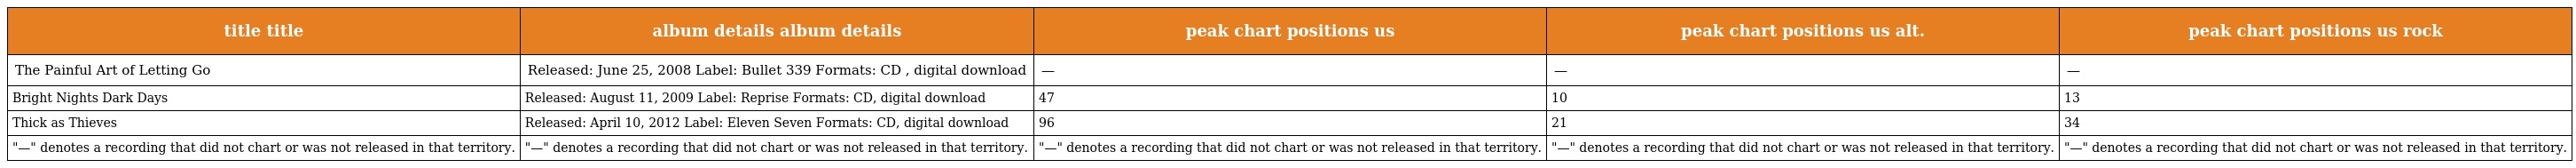
| title title | album details album details | peak chart positions us | peak chart positions us alt. | peak chart positions us rock |
 | --- | --- | --- | --- | --- |
 | The Painful Art of Letting Go | Released: June 25, 2008 Label: Bullet 339 Formats: CD , digital download | — | — | — |
 | Bright Nights Dark Days | Released: August 11, 2009 Label: Reprise Formats: CD, digital download | 47 | 10 | 13 |
 | Thick as Thieves | Released: April 10, 2012 Label: Eleven Seven Formats: CD, digital download | 96 | 21 | 34 |
 | "—" denotes a recording that did not chart or was not released in that territory. | "—" denotes a recording that did not chart or was not released in that territory. | "—" denotes a recording that did not chart or was not released in that territory. | "—" denotes a recording that did not chart or was not released in that territory. | "—" denotes a recording that did not chart or was not released in that territory. |